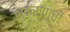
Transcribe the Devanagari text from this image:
शुक्राणूंची